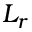
L _ { r }